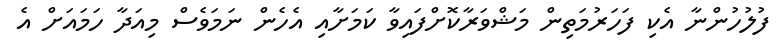
ފުލުހުންނާ އެކި ފަހަރުމަތިން މަޝްވަރާކޮށްފައިވާ ކަމަށާއި އެހެން ނަމަވެސް މިއަދާ ހަމައަށް އެ